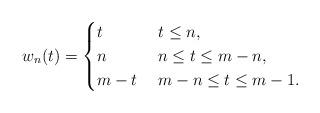
LaTeX: \begin{align*} w_{n}(t) =\begin{cases}t & \; t \leq n, \\n & \; n \leq t \leq m-n, \\m-t & \; m-n \leq t \leq m-1.\\\end{cases}\end{align*}